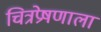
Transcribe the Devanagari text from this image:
चित्रप्रेषणाला